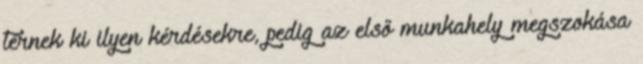
térnek ki ilyen kérdésekre, pedig az első munkahely megszokása